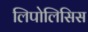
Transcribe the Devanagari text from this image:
लिपोलिसिस